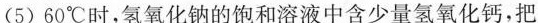
(5)60^{\circ}C时，氢氧化钠的饱和溶液中含少量氢氧化钙，把